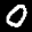
Label: 0